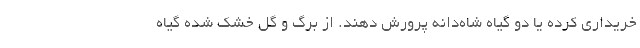
خریداری کرده یا دو گیاه شاه‌دانه پرورش دهند. از برگ و گل خشک شده گیاه